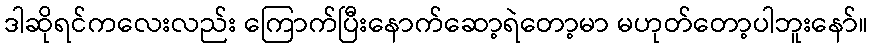
ဒါဆိုရင်ကလေးလည်း ကြောက်ပြီးနောက်ဆော့ရဲတော့မာ မဟုတ်တော့ပါဘူးနော်။